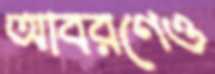
আবরণেও